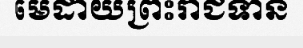
មេដាយព្រះរាជទាន